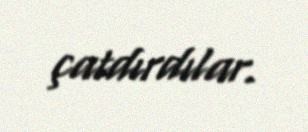
çatdırdılar.